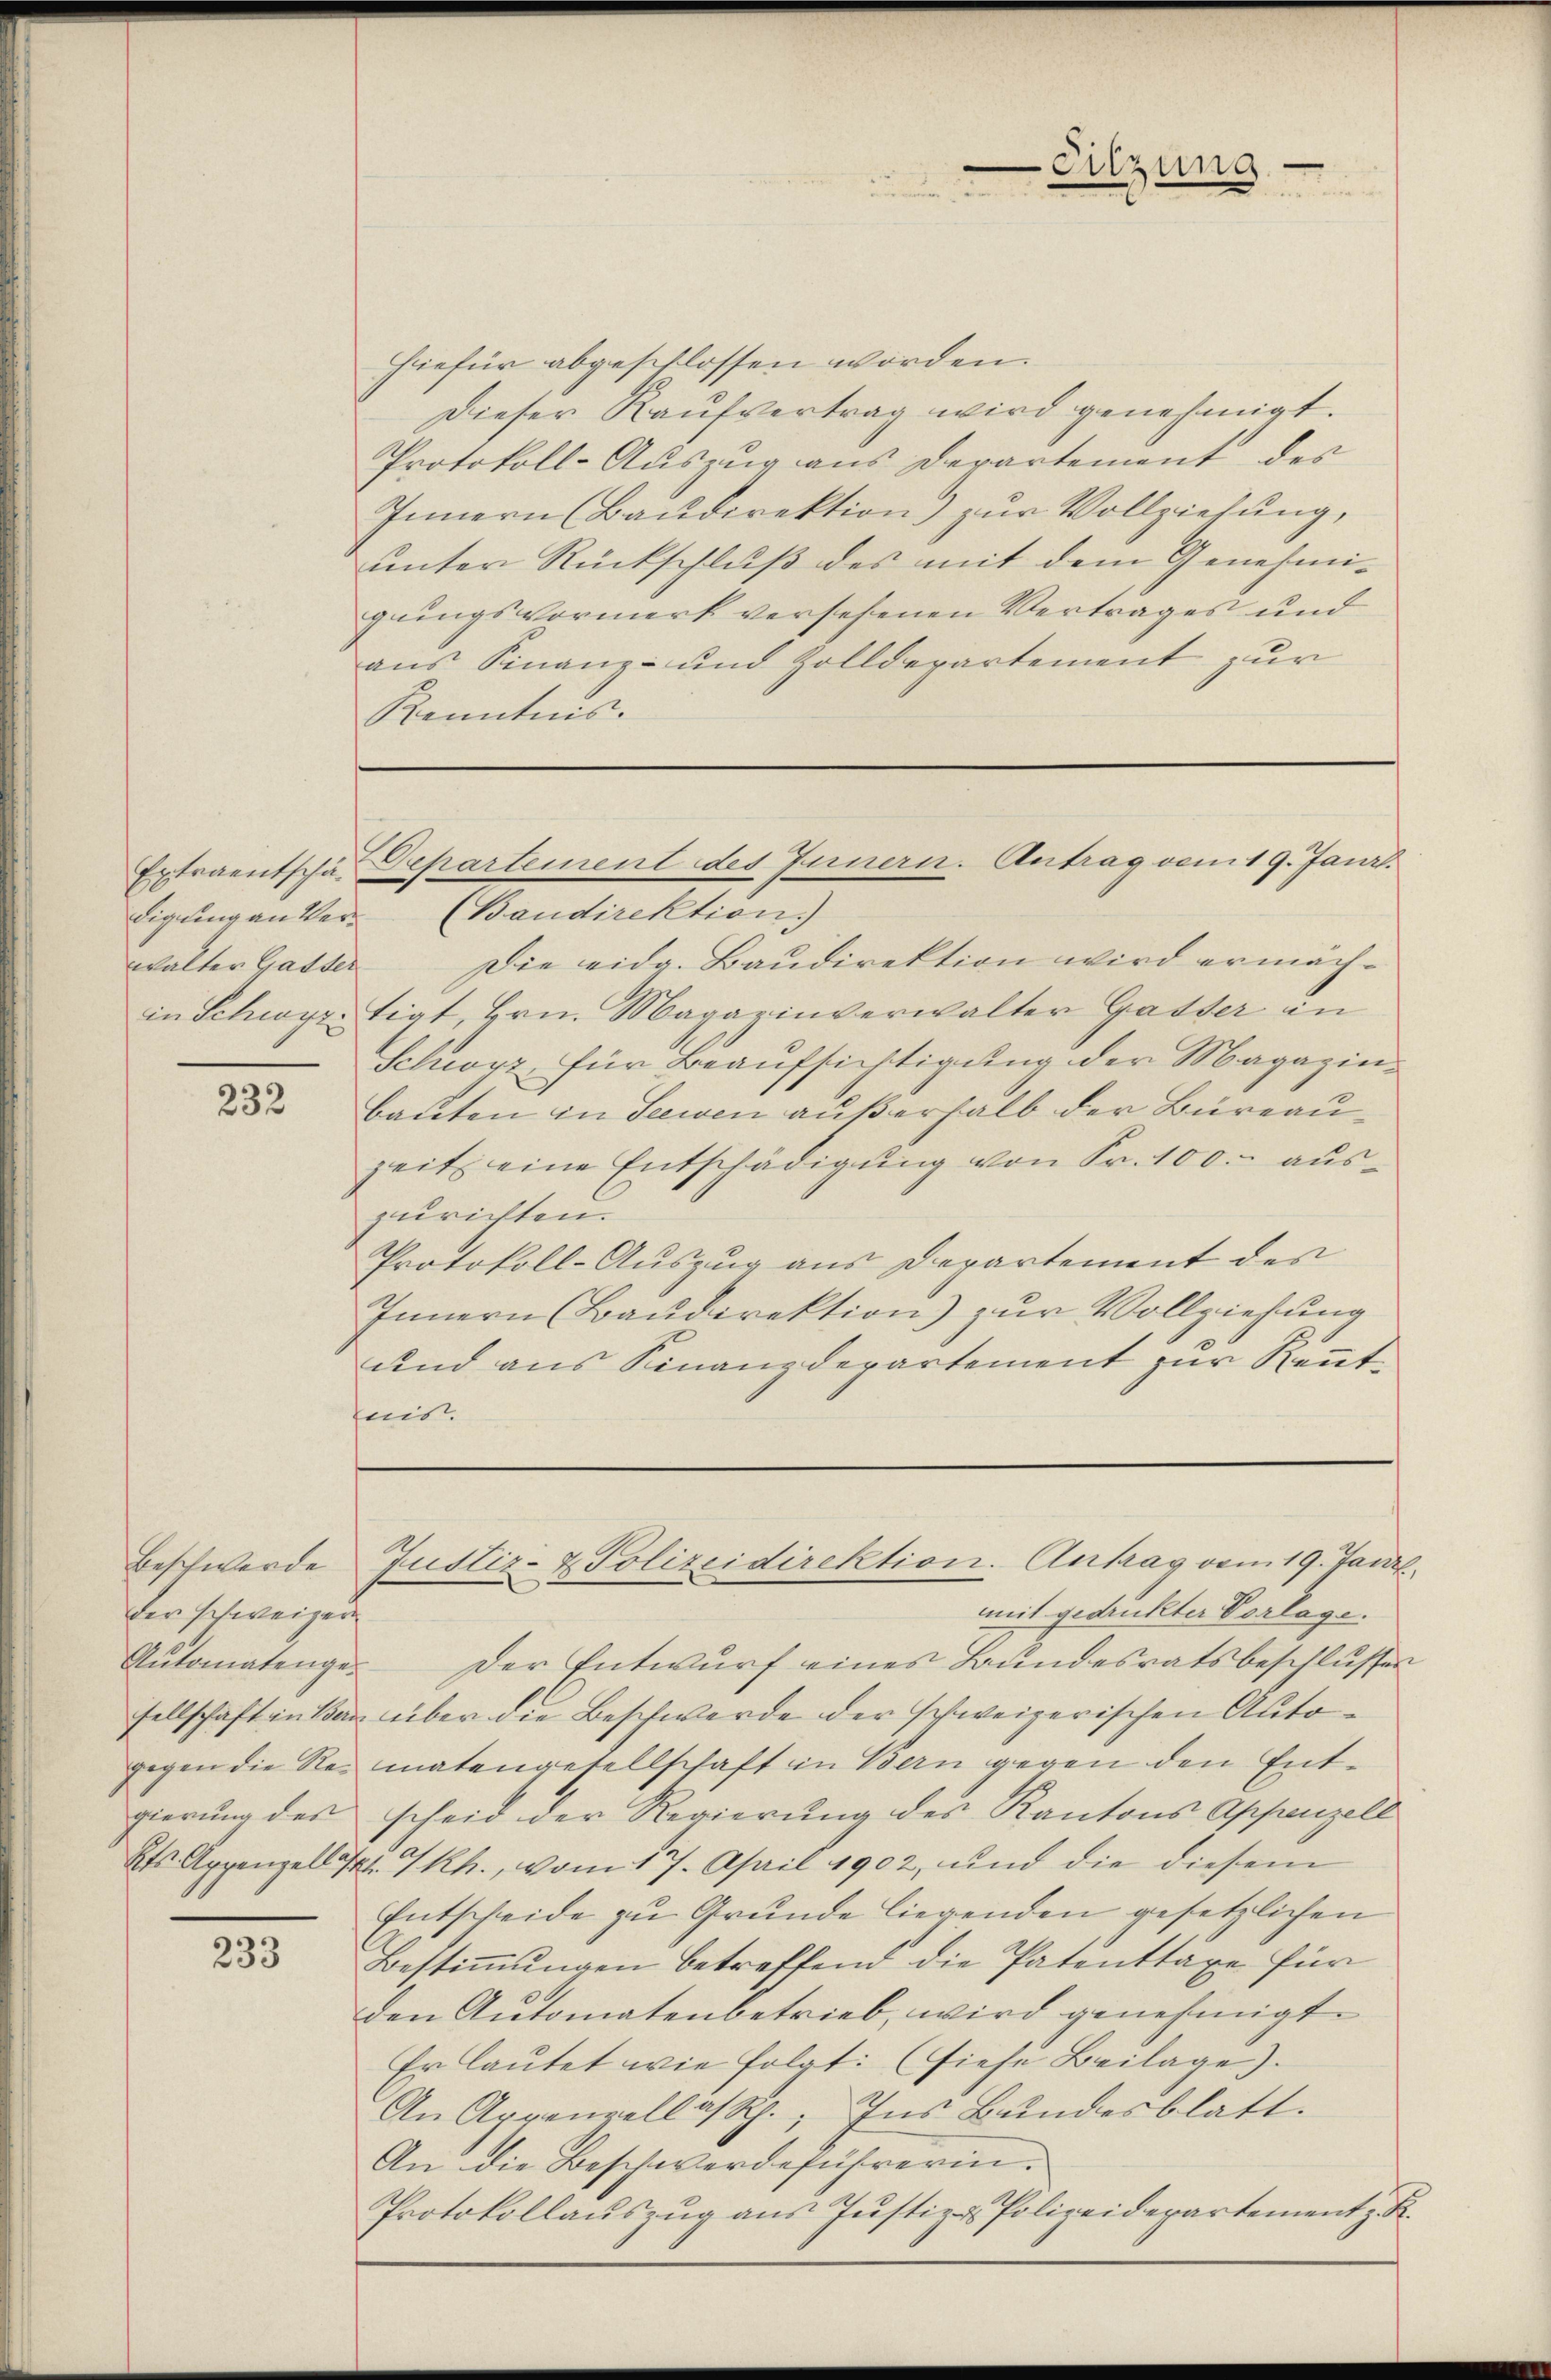
Extraentschädigung an Ver¬

232

Beschwerde
der schweizede
gegen die Re¬

233

hiefür abgeschlossen worden.
Dieser Kaufvertrag wird genehmigt.
Protokoll-Auszug aus Departement des
Innern (Baudirektion) zur Vollziehung,
unter Rückschluß des mit dem Genehmigungsvormerk versehenen Vertrages und
aus Finanz- und Zolldepartement zur
Kenntnis.

Sitzung

(Baudirektion)
walter Gasser. Die eidg. Baŭdirektion wird ermächin Schwyrtigt, Hrn. Magazinverwalter Gasser in
Schwyz, für Beaufsichtigung der Magazin¬
Bauten in Seewen außerhalb der Büreauzeit eine Entschädigung von Fr. 100.- auszurichten.
Protokoll-Auszug aus Departement des
Innern (Baudirektion) zur Vollziehung
und aus Finanzdepartement zur Rentfnis

Gepartement des Innern. Antrag vom 19. Janr.

mit gedruckter Vorlage.
Aŭtomatenge. Der Entwŭrf eines Bundesratsbeschlŭsses
sellschaft in kan über die Beschwerde der schweizerischen Automatengesellschaft in Bern gegen den Entgierŭng der scheid der Regierŭng des Kantons Appenzell
2t Appenzell ist. Rh., vom 17. April 1902, und die diesem
Entscheide zu Grunde liegenden gesetzlichen
Bestimmungen betreffend die Patenttaxe für
den Automatenbetrieb, wird genehmigt.
Er lautet wie folgt: (siehe Beilage).
An Appenzellast. Ins Bundesblatt.
An die Beschwerdeführerin.
Protokollaŭszŭg aŭs Jŭstiz- & Polizeidepartement z. B.

Justiz- & Polizeidirektion. Antrag vom 19. Janr.